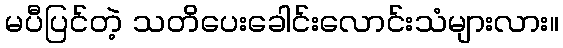
မပီပြင်တဲ့ သတိပေးခေါင်းလောင်းသံများလား။